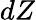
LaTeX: dZ